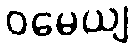
ဝမေယျ